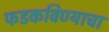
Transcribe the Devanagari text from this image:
फडकविण्याचा